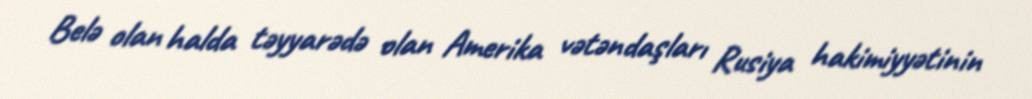
Belə olan halda təyyarədə olan Amerika vətəndaşları Rusiya hakimiyyətinin